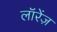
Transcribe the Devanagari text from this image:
लॉरेंज़